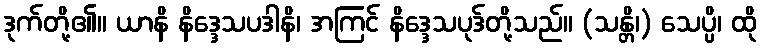
ဒုက်တို့၏။ ယာနိ နိဒ္ဒေသပဒါနိ၊ အကြင် နိဒ္ဒေသပုဒ်တို့သည်။ (သန္တိ၊) သေပ္ပိ၊ ထို